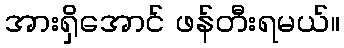
အားရှိအောင် ဖန်တီးရမယ်။